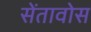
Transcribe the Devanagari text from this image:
सेंतावोस